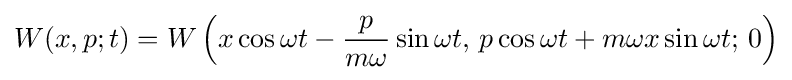
W(x,p;t)=W\left(x\cos \omega t-{\frac {p}{m\omega }}\sin \omega t,\,p\cos \omega t+m\omega x\sin \omega t;\,0\right)